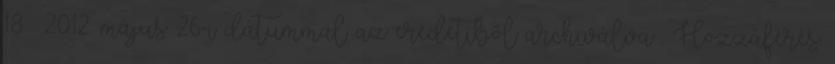
18. 2012. május 26-i dátummal az eredetiből archiválva . Hozzáférés: